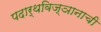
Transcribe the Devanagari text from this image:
पदार्थविज्ञानाची